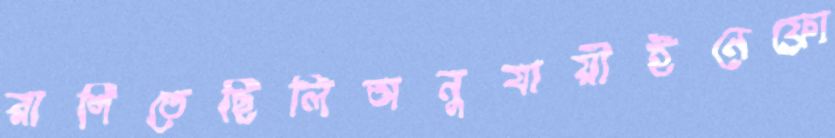
রাগিতেছিলিঅনুযায়ীইনেফ্রো